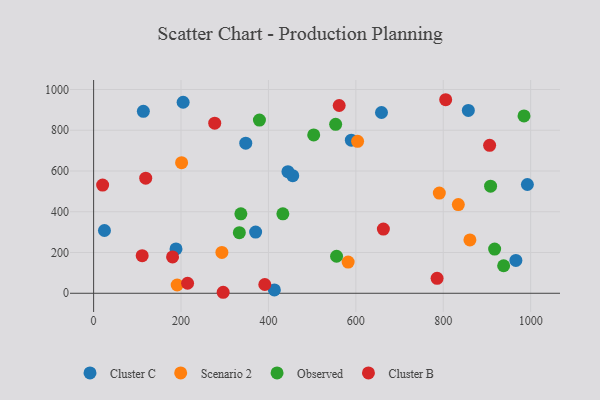
{"axis": {"x": "Engine Size", "y": "Yield"}, "legend": ["Cluster B", "Cluster C", "Observed", "Scenario 2"], "data": [{"x": "24.8", "y": 308.1, "type": "Cluster C"}, {"x": "455.6", "y": 577.3, "type": "Cluster C"}, {"x": "370.7", "y": 300.2, "type": "Cluster C"}, {"x": "589.7", "y": 751.4, "type": "Cluster C"}, {"x": "857.4", "y": 897.5, "type": "Cluster C"}, {"x": "444.6", "y": 596.5, "type": "Cluster C"}, {"x": "204.8", "y": 937.4, "type": "Cluster C"}, {"x": "658.7", "y": 887.1, "type": "Cluster C"}, {"x": "348.1", "y": 736.6, "type": "Cluster C"}, {"x": "188.5", "y": 217.8, "type": "Cluster C"}, {"x": "992.5", "y": 533.8, "type": "Cluster C"}, {"x": "413.6", "y": 16.2, "type": "Cluster C"}, {"x": "113.8", "y": 892.9, "type": "Cluster C"}, {"x": "966.2", "y": 161.4, "type": "Cluster C"}, {"x": "201.3", "y": 640.7, "type": "Scenario 2"}, {"x": "604.0", "y": 745.9, "type": "Scenario 2"}, {"x": "582.4", "y": 153.3, "type": "Scenario 2"}, {"x": "834.5", "y": 435.1, "type": "Scenario 2"}, {"x": "791.0", "y": 491.6, "type": "Scenario 2"}, {"x": "293.5", "y": 200.6, "type": "Scenario 2"}, {"x": "861.0", "y": 261.9, "type": "Scenario 2"}, {"x": "191.2", "y": 40.6, "type": "Scenario 2"}, {"x": "555.9", "y": 181.6, "type": "Observed"}, {"x": "433.0", "y": 389.7, "type": "Observed"}, {"x": "503.6", "y": 776.9, "type": "Observed"}, {"x": "379.4", "y": 849.8, "type": "Observed"}, {"x": "333.4", "y": 297.6, "type": "Observed"}, {"x": "908.3", "y": 525.8, "type": "Observed"}, {"x": "553.8", "y": 829.3, "type": "Observed"}, {"x": "984.8", "y": 870.1, "type": "Observed"}, {"x": "336.9", "y": 390.0, "type": "Observed"}, {"x": "917.6", "y": 216.8, "type": "Observed"}, {"x": "938.2", "y": 135.1, "type": "Observed"}, {"x": "277.1", "y": 834.9, "type": "Cluster B"}, {"x": "296.4", "y": 4.9, "type": "Cluster B"}, {"x": "111.1", "y": 184.4, "type": "Cluster B"}, {"x": "785.9", "y": 73.2, "type": "Cluster B"}, {"x": "20.6", "y": 530.9, "type": "Cluster B"}, {"x": "215.0", "y": 49.3, "type": "Cluster B"}, {"x": "805.6", "y": 949.8, "type": "Cluster B"}, {"x": "561.9", "y": 921.5, "type": "Cluster B"}, {"x": "119.2", "y": 565.0, "type": "Cluster B"}, {"x": "180.6", "y": 178.3, "type": "Cluster B"}, {"x": "391.7", "y": 43.0, "type": "Cluster B"}, {"x": "663.0", "y": 314.8, "type": "Cluster B"}, {"x": "906.1", "y": 726.0, "type": "Cluster B"}]}